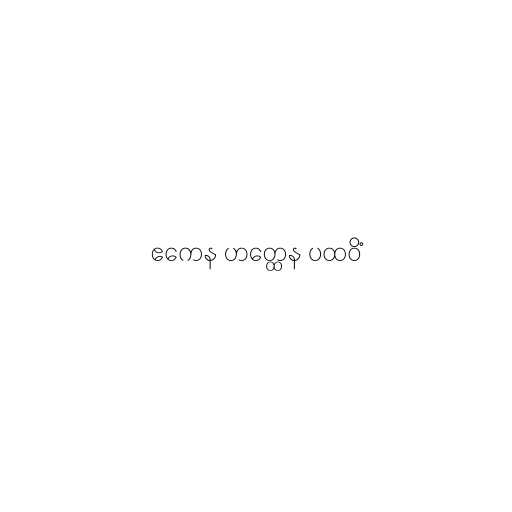
ဧကေန ဟတ္ထေန ပထဝိံ